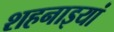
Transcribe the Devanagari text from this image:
शहनाइयां